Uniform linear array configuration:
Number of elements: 4
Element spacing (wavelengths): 0.5
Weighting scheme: uniform
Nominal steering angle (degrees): -30
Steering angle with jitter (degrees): -31.643
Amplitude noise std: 0.05
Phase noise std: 0.05

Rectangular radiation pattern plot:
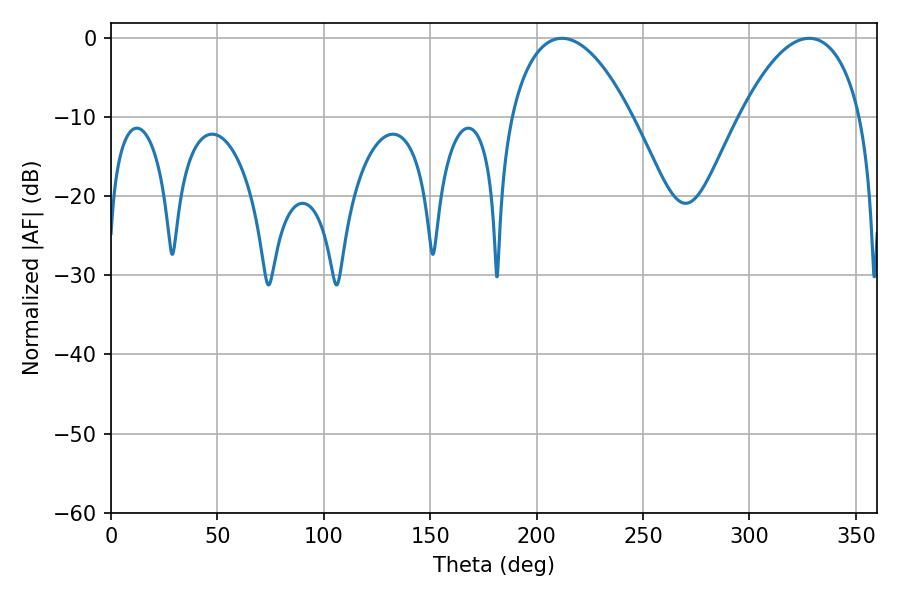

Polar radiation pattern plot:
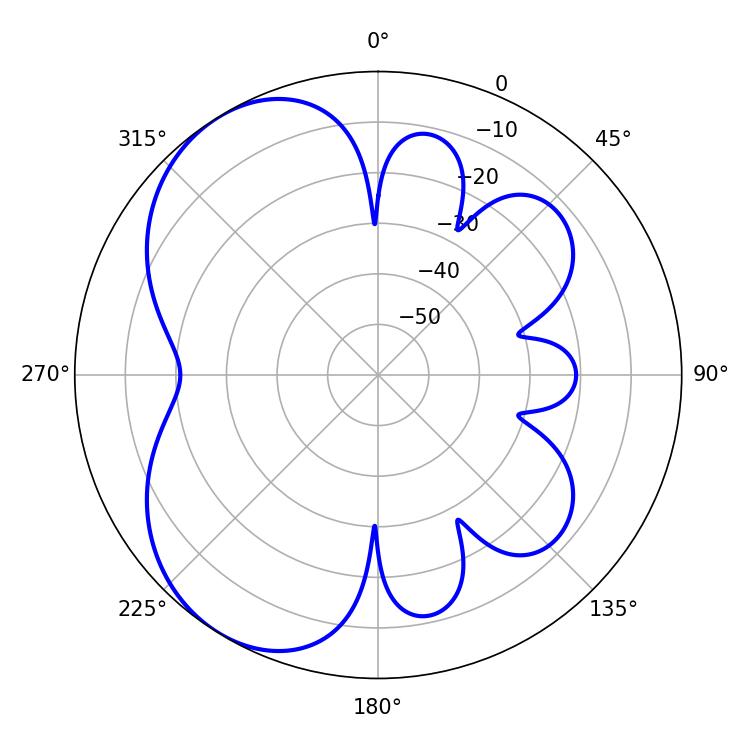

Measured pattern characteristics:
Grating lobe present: FALSE
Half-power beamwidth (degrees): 31.86
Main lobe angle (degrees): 211.86